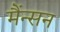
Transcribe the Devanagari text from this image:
मैंन्सन